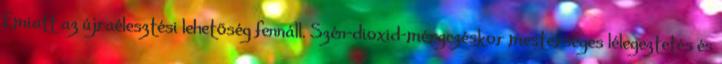
Emiatt az újraélesztési lehetõség fennáll. Szén-dioxid-mérgezéskor mesterséges lélegeztetés és